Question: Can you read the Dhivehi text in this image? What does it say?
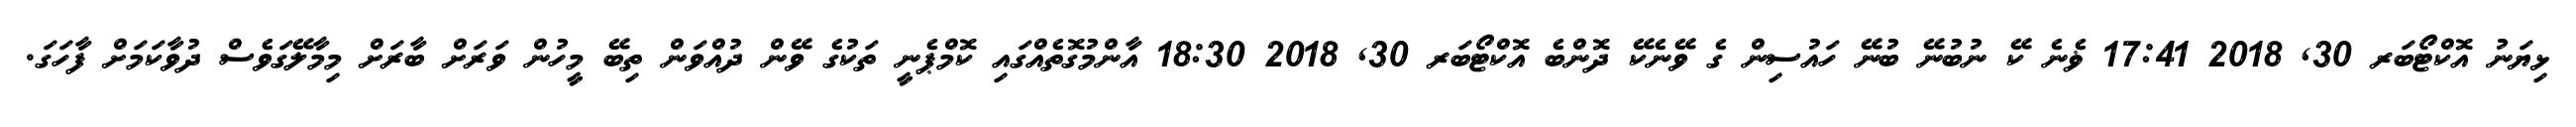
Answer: ޅިޔަނު އޮކްޓޯބަރ 30, 2018 17:41 ޥެނެ ކޭ ނުބުނޭ ބުނޭ ހައުސިން ގެ ވޭނެކޭ ދޮންބެ އޮކްޓޯބަރ 30, 2018 18:30 އާންމުގޮތެއްގައި ކޮމްޕެނީ ތަކުގެ ވޭން ދުއްވަން ތިބޭ މީހުން ވަރަށް ބާރަށް މިމާލޭގަވެސް ދުވާކަމަށް ފާހަގަ.